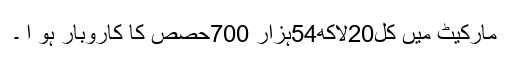
مارکیٹ میں کل20لاکھ54ہزار 700حصص کا کاروبار ہو ا ۔